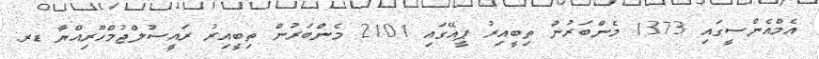
އެމްއެންސީގައި 1373 މެންބަރުން ތިބީއިރު ޕީއޭގައި 2101 މެންބަރުން ތިބީއިރު ރައީސުލްޖުމްހޫރިއްޔާ ޑރ.